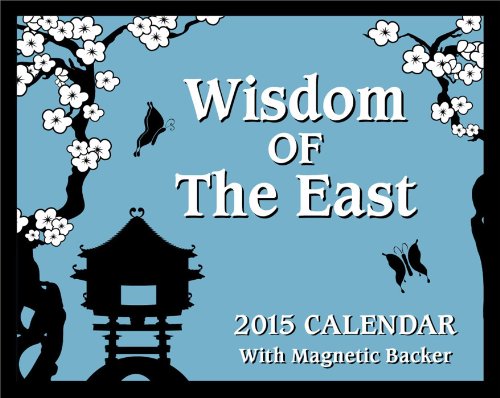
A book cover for Wisdom of the East 2015 Mini Day-to-Day Calendar; Andrews McMeel Publishing LLC; Calendars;